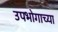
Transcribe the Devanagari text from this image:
उपभोगाच्या